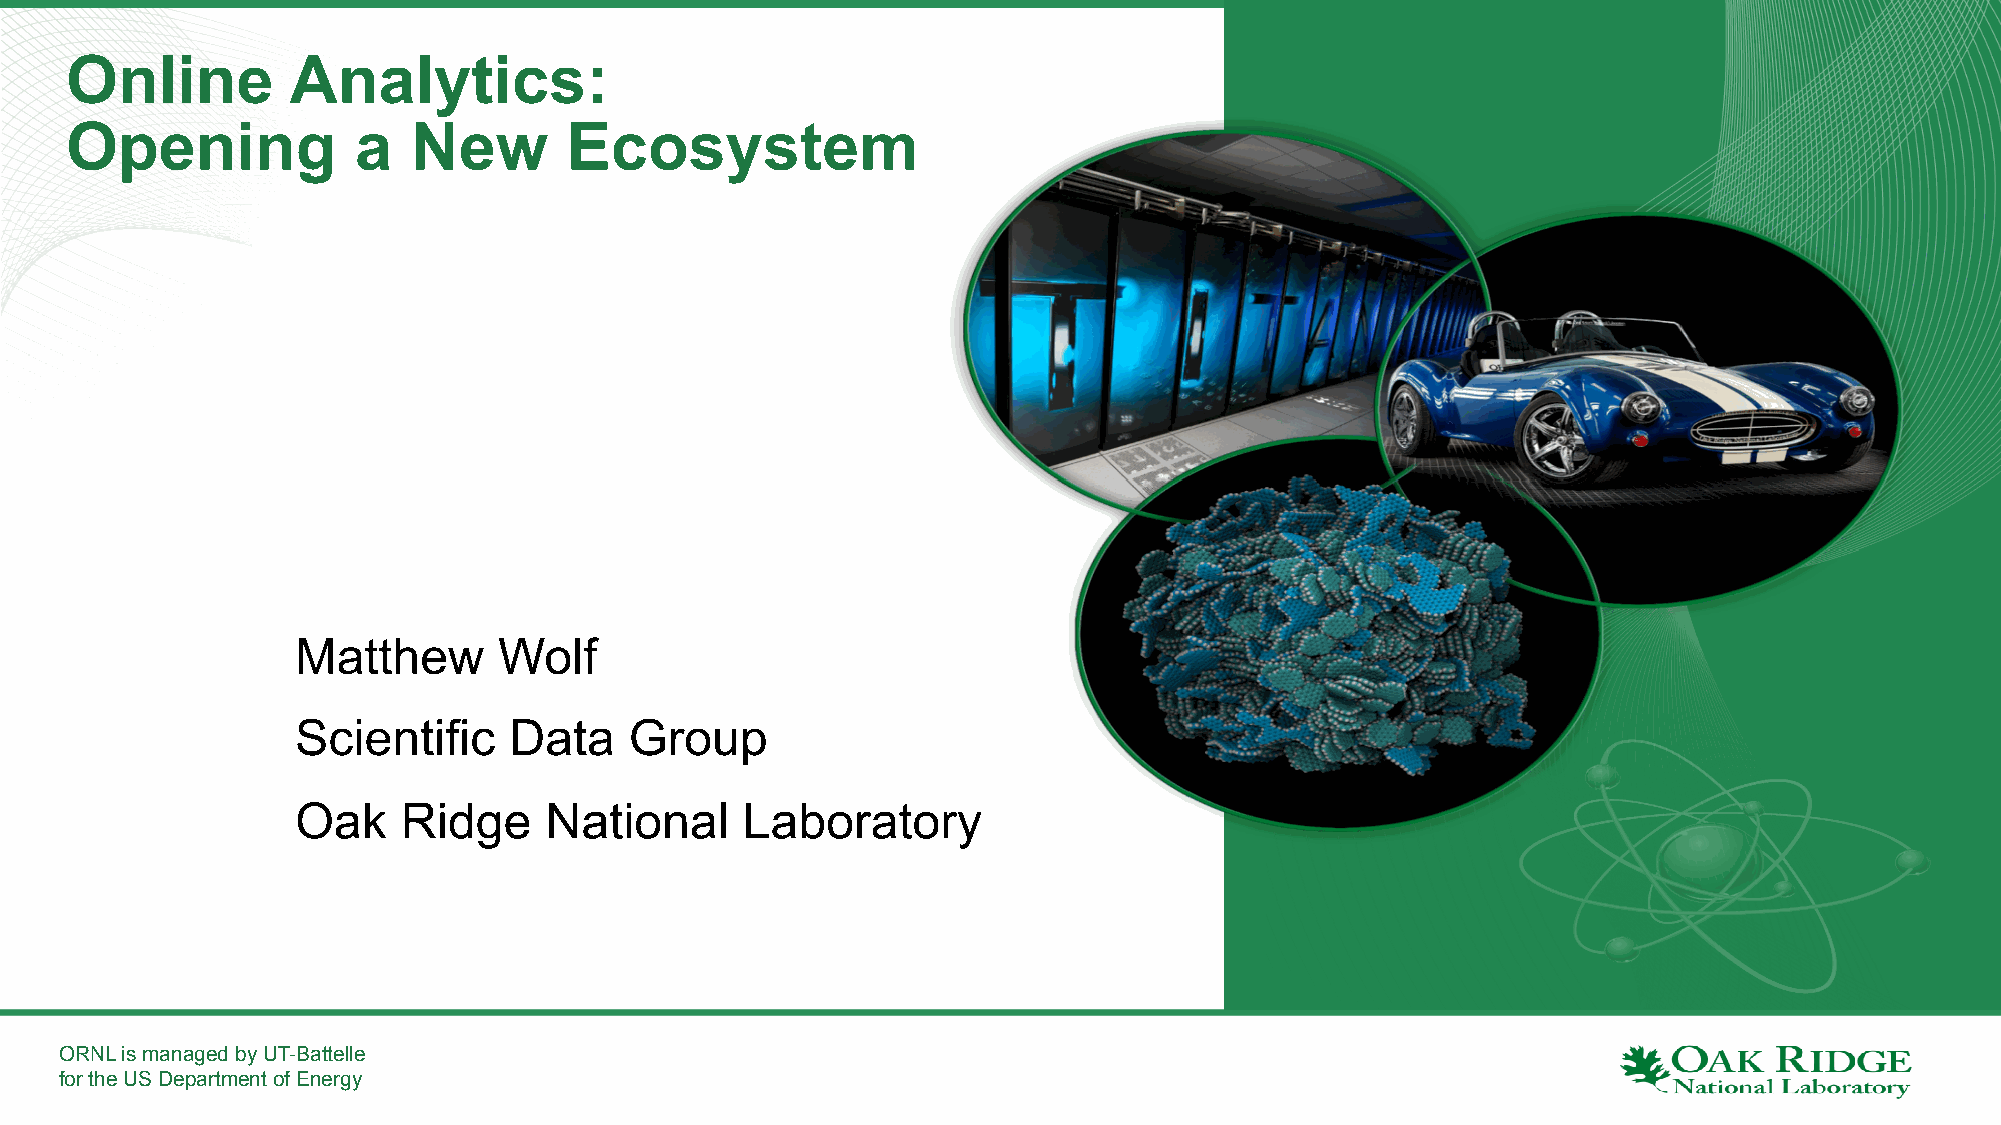
Online         Analytics:
 Opening            a   New       Ecosystem
 Matthew      Wolf
 Scientific    Data    Group
 Oak    Ridge    National     Laboratory
 ORNL is managed by UT-Battelle
 for the US Department of Energy